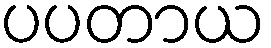
ပပတာယ